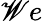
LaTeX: \mathscr{W}e